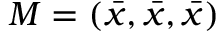
M = \left( { \bar { x } } , { \bar { x } } , { \bar { x } } \right)